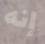
إنه